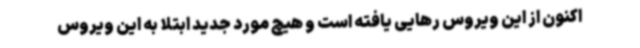
اکنون از این ویروس رهایی یافته است و هیچ مورد جدید ابتلا به این ویروس